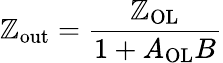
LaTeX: \mathbb{Z}_{\mathrm{{out}}}={\frac{{\mathbb{Z}_{\mathrm{{OL}}}}}{{1+A_{\mathrm{{OL}}}B}}}